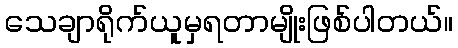
သေချာရိုက်ယူမှရတာမျိုးဖြစ်ပါတယ်။